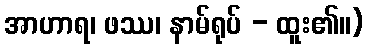
အာဟာရ၊ ဖဿ၊ နာမ်ရုပ် - ထူး၏။)